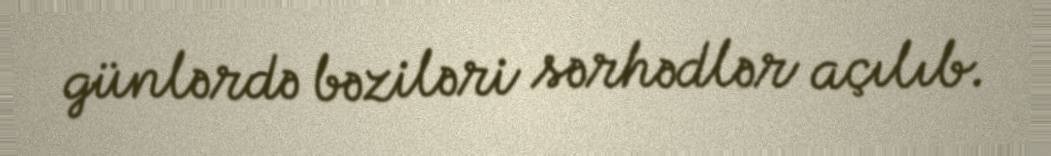
günlərdə bəziləri sərhədlər açılıb.